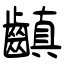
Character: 齻